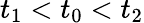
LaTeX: t_{1}<t_{0}<t_{2}